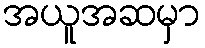
အယူအဆမှာ